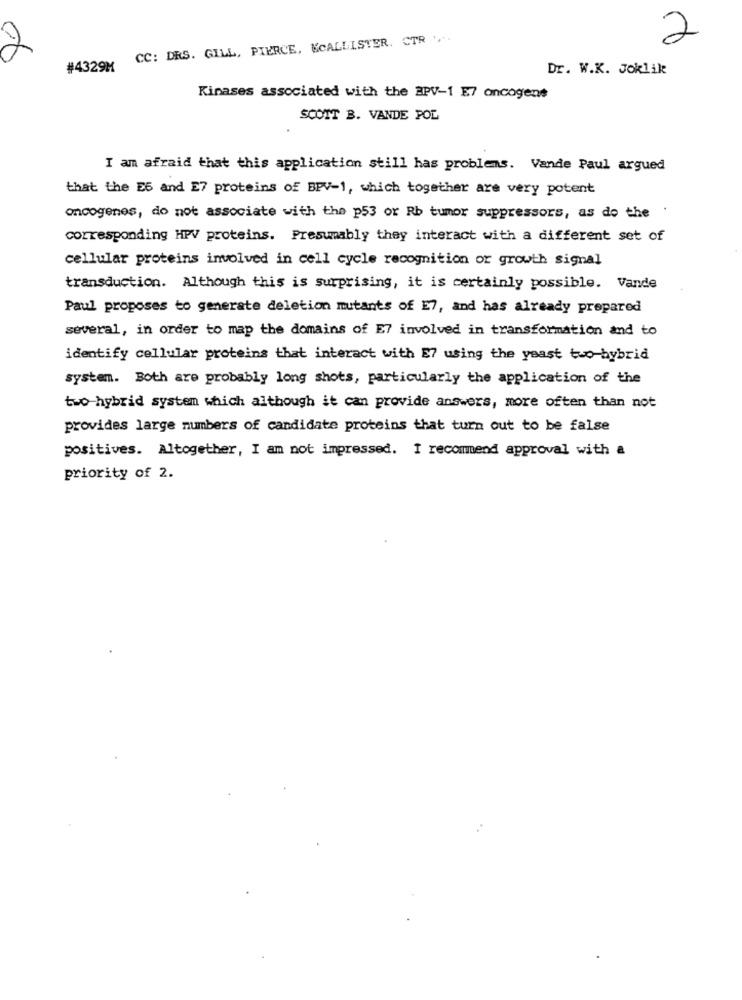
CC: DRS. GILL, PIERCE, MCALLISTER. CTR ,.
2
#4329M
Dr. W.K. Joklik
Kinases associated with the BPV-1 E7 oncogene
SCOTT B. VANDE POL
I am afraid that this application still has problems. Vande Paul argued
that the E6 and E7 proteins of BPV-1, which together are very potent
oncogenes, do not associate with the p53 or Rb tumor suppressors, as do the '
corresponding HPV proteins. Presumably they interact with a different set of
cellular proteins involved in cell cycle recognition or growth signal
transduction. Although this is surprising, it is certainly possible. Vande
Paul proposes to generate deletion mutants of E7, and has already prepared
several, in order to map the domains of E7 involved in transformation and to
identify cellular proteins that interact with E7 using the yeast two-hybrid
system. Both are probably long shots, particularly the application of the
two-hybrid system which although it can provide answers, more often than not
provides large numbers of candidate proteins that turn out to be false
positives. Altogether, I am not impressed. I recommend approval with a
priority of 2.